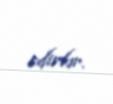
edirlər.